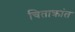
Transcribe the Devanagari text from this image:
चिताक्रांत